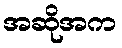
အဆိုအက